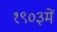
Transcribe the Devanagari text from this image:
१९०३में